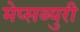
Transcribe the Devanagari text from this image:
मेप्सब्युरी